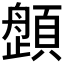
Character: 𱂛